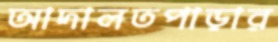
আদালতপাড়ার